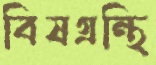
বিষগ্রন্থি